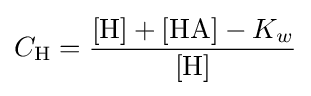
C_{\mathrm {H} }={\frac {[{\ce {H}}]+[{\mathrm {HA} }]-K_{w}}{[\mathrm {H} ]}}